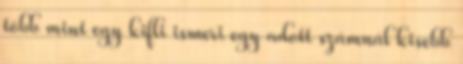
több mint egy kifli ismeri egy adott számnál kisebb